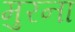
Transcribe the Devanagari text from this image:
मुरना